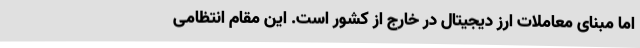
اما مبنای معاملات ارز دیجیتال در خارج از کشور است. این مقام انتظامی